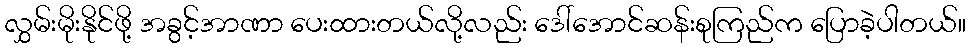
လွှမ်းမိုးနိုင်ဖို့ အခွင့်အာဏာ ပေးထားတယ်လို့လည်း ဒေါ်အောင်ဆန်းစုကြည်က ပြောခဲ့ပါတယ်။